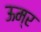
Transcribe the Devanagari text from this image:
ऊम्र